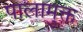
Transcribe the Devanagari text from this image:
पालामुक्त